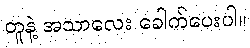
တူနဲ့ အသာလေး ခေါက်ပေးပါ။